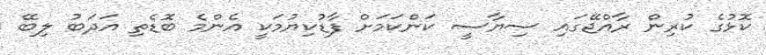
ކޮޅުގެ ކުރިން ރާއްޖޭގައި ސިޔާސީ ކަންކަމަށް ފާޑުކިޔުމަކީ އެންމެ ބޮޑެތި އަދަބު ލިބޭ